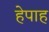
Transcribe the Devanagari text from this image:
हेपाह